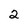
Character: 2